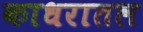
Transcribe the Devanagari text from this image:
काधरातल